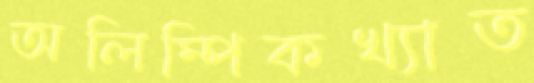
অলিম্পিকখ্যাত